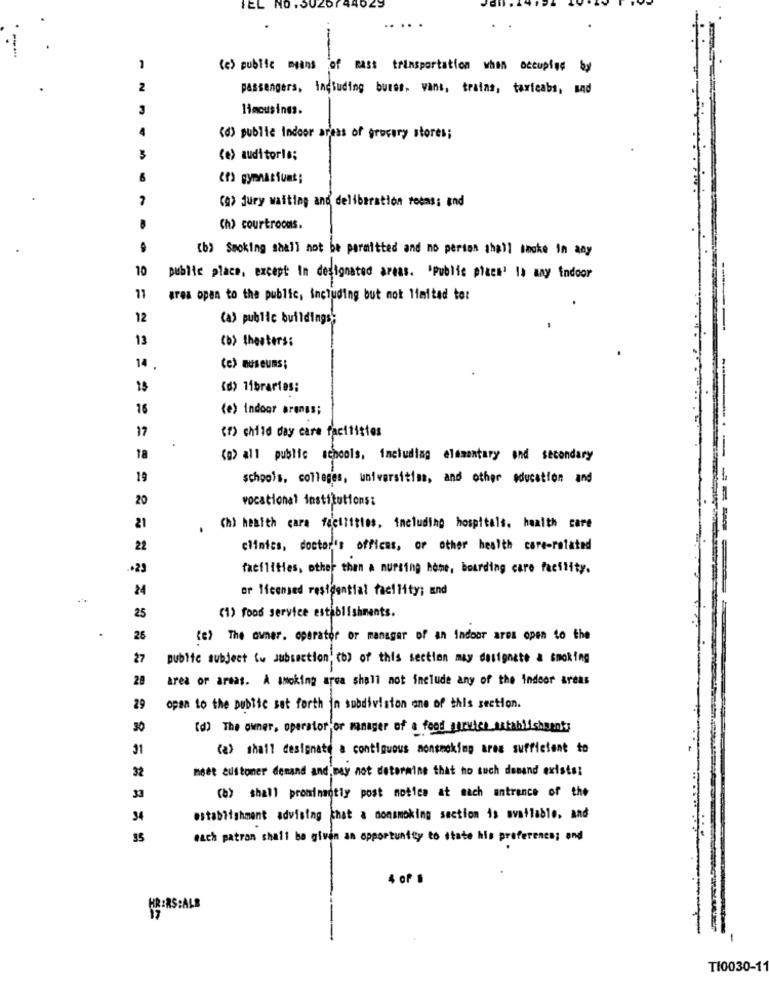
IEL NO .SUZDI
-
-
(e) public means of mass transportation when occupied by
2
passengers, including bures, vans, trains, taxicabs, and
limousines.
(d) public Indoor areas of grocery stores;
(e) auditoria;
(f) gymnasiums ;
(A) jury waiting and deliberation rocas; and
(h) courtrooms.
(b) Smoking shall not be permitted and no person shall smoke in any
10
publie place, except In designated areas. "Public place' Is any indoor
11
area open to the public, including but not limited to:
----
12
(a) public buildings'
-
13
(b) theaters:
14 .
(e) museums;
(d) libraries:
16
(e) indoor prongs;
17
(f) child day care facilities
18
<p> all public schools, including elementary and secondary
19
schoo's, colleges, universities, and other education and
20
vocational institutions:
21
(h) health care facilities, including hospitals. health care
22
clinics, doctor's offices, or other health care-rotated
------
+23
facilities, other than a nursing home, boarding care facility.
24
or licensed residential facility; and
(1) food service establishments.
25
26
(c) The owner. operator or manager of an indoor ares open to the
public subject (> subsection (b) of this section may designate a smoking
28
area or areas. A smoking area shall not include any of the indoor areas
29
open to the public set forth in subdivision one of this section.
30
(d) The owner, operator or manager of a food service establishments
31
(a) shall designate a contiguous nonsmoking ares sufficient to
32
mast customer demand and may not determine that no such desand existe:
33
(b) shall prominsotiy post notice at mach entrance of the
34
establishment advising that a nonsmoking section is available. and
35
each patron shall be given an opportunity to state his preference; and
4 of B
KRIRS:ALB
-
TI0030-11